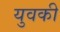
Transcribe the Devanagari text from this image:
युवकी